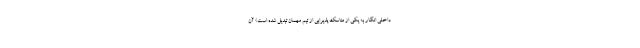
داخلی انگار به یکی از مناسک پذیرایی از تیم مهمان تبدیل شده است) آن